King Institute of Preventive Medicine Micro-Biological Section reports 1909-11
Year: 1909
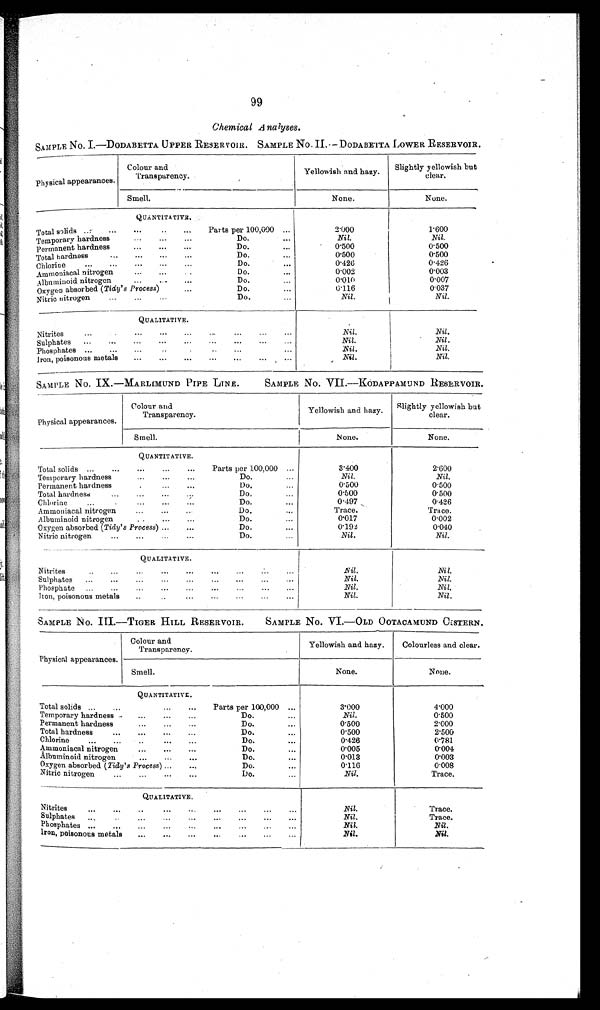
99
Chemical A nalyses.
SAMPLE No. I.—DODABETTA UPPER RESERVOIR. SAMPLE No. II.— DODABETTA LOWER RESERVOIR.
Physical appearances.
Colour and
Transparency.
Yellowish and hazy.
Slightly yellowish but
clear.
Smell.
None.
None.
QUANTITATIVE..
Total solids ...
...
...
...
Parts per 100,000 ...
2.000
1.600
Do.
...
Nil.
Nil.
Temporary hardness
'"
...
...
Do.
...
0.500
0.500
Permanent hardness
...
.-.
...
Do.
0.500
0.500
Total hardness
...
...
...
...
Do.
...
0.426
0.426
Chlorine
...
...
. . ...
Do.
0.002
0.003
Ammoniacal nitrogen
...
...
Do.....
0.010
0.007
Albriminoid nitrogen
...
...
Oxygen absorbed (Tidy's Process)
....
Do.
...
0.116
0.037
itrogen
...
...
Nitric nitrogen
Do.
...
Nil.
Nil.
QUALITATIVE.
Nitrites
...
...
...
...
...
...
...
...
Nil.
Nil.
Nil.
Nil.
Sulphates
...
...
.. . ... ... ... ... ...
Nil.
Nil.
Phosphates ...
...
...
..
...
...
I
Nil.
Nil.
Iron, poisonous metals
...
...
...
...
...
. ..
...
SAMPLE NO. IX.—MARLIMUND PIPE LINE.
SAMPLE NO, VII.—KODAPPAM T JND RESERVOIR.
Physical appearances.
Colour and
Transparency.
Yellowish and hazy.
Slightly yellowish but
clear.
Smell.
None.
None.
QUANTITATIVE.
Total solids ...
...
...
...
...
Parts per 100,000 ...
3.400
2.600
Temporary hardness
...
...
...
Do.
Nil.
Nil.
Do,
...
0.500
0.500
.
Permanent hardness...
...
Do....
0 . 5 0 0
0.500
Total hardness
Chlorine
...
...
...
...
Do.
...
0.497
0.426
Ammoniacal nitrogen
...
...
...
Do.
...
Trace.
Trace.
Albuminoid nitrogen
..
...
...
Do.
...
0.017
0.002
Oxygen absorbed (Tidy's Process) ...
...
Do.
...
0 . 1 9 2
0.040
Nitric nitrogen
...
...
...
...
Do.
...
Nil.
Nil.
QUALITATIVE.
N itrites
..
...
...
...
...
...
...
...
Nil.
Nil.
Sulphates
Nil.
Nil.
P ho sphate ...
...
...
...
...
...
..,
—
Nil.
N i l
Iron, poi sonous met al s ..
Nil.
Nil.
SAMPLE NO. III.—TIGER HILL RESERVOIR.
SAMPLE No. VI.—OLD OOTACAMUND CISTERN.
Physical appearances.
Colour and
Transparency.
Yellowish and hazy.
Colourless and clear.
Smell.
None.
None.
QUANTITATIVE.
Total solids ...
...
...
...
Parts per 100,000 ...
3.000
4.000
Temporary hardness .
...
...
...
Do.
...
Nil.
0.500
Permanent hardness
...
...
...
Do.
...
0.500
2.000
Total hardness
...
...
...
...
Do.
...
0.500
2.500
Chlorine
...
...
...
...
Do.
. . .
0.426
0.781
Ammoniacal nitrogen
...
...
...
Do.
...
0.005
0.004
Albuminoid nitrogen
...
...
...
Do.
...
0.013
0.003
Oxygen absorbed (Tidy's Process) ...
.....
Do.
...
0.116
0.008
Nitric nitrogen
...
...
...
...
Do.
Nil.
Trace.
QUALITATIVE.
Nitrites
...
...
..
...
...
...
...
...
Nil.
Trace.
Sul p hates ...
... ... ... ... ... ... ...
Nil.
Trace.
Nil.
N i l l .
Phosphates ...
...
...
...
...
....
...
...
Iron, poisonous metals
...
...
...
...
..
...
N i l .
Nil.